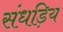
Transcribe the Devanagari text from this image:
संधड़िय